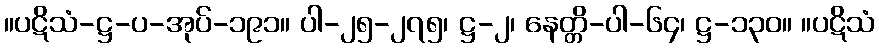
။ပဋိသံ-ဋ္ဌ-ပ-အုပ်-၁၉၁။ ပါ-၂၅-၂၇၅၊ ဋ္ဌ-၂၊ နေတ္တိ-ပါ-၆၄၊ ဋ္ဌ-၁၃၀။ ။ပဋိသံ